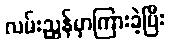
လမ်းညွှန်မှာကြားခဲ့ပြီး